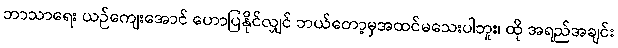
ဘာသာရေး ယဉ်ကျေးအောင် ဟောပြနိုင်လျှင် ဘယ်တော့မှအထင်မသေးပါဘူး၊ ထို အရည်အချင်း